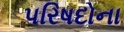
પરિષદોના